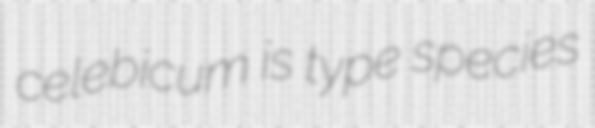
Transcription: celebicum is type species